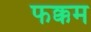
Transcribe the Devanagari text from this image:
फक्कम